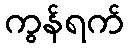
ကွန်ရက်